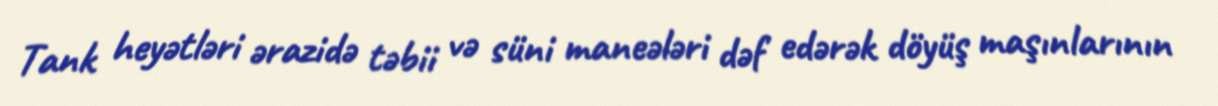
Tank heyətləri ərazidə təbii və süni maneələri dəf edərək döyüş maşınlarının